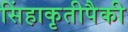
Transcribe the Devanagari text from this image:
सिंहाकृतीपैकी